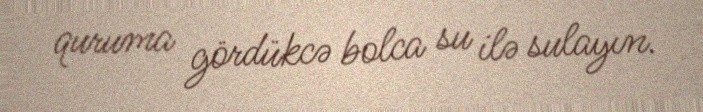
quruma gördükcə bolca su ilə sulayın.